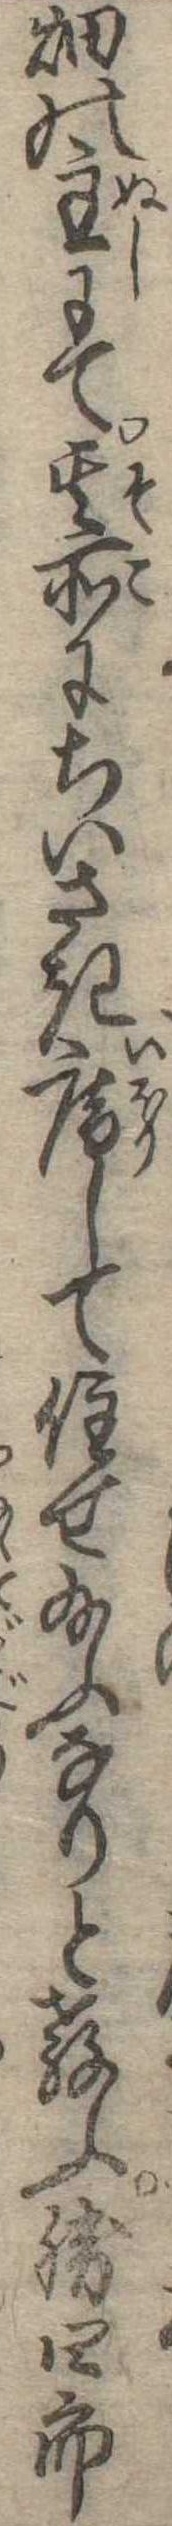
畑の主にて其所にちいさき庵して住せ給ふなりと教ふ勝四郎